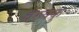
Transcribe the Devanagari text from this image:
वेरुक्कु